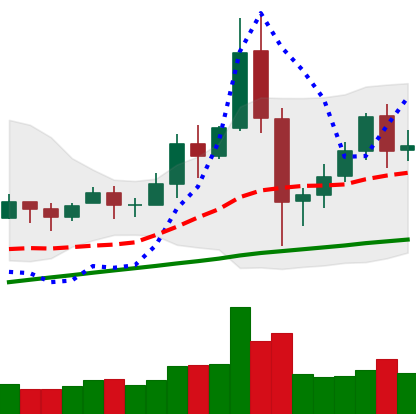
Ticker: BNB-USD
Chart end date: 2020-12-02
Forward return: -3.034%
Label: down_3_5